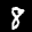
Label: 8